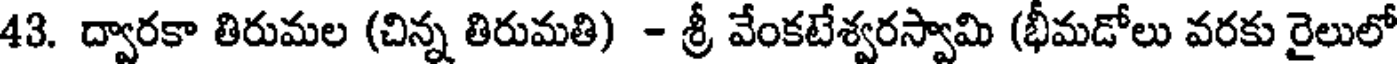
43. ద్వారకా తిరుమల (చిన్న తిరుమతి) - శ్రీ వేంకటేశ్వరస్వామి (భీమడోలు వరకు రైలులో